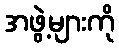
အဖွဲ့များကို